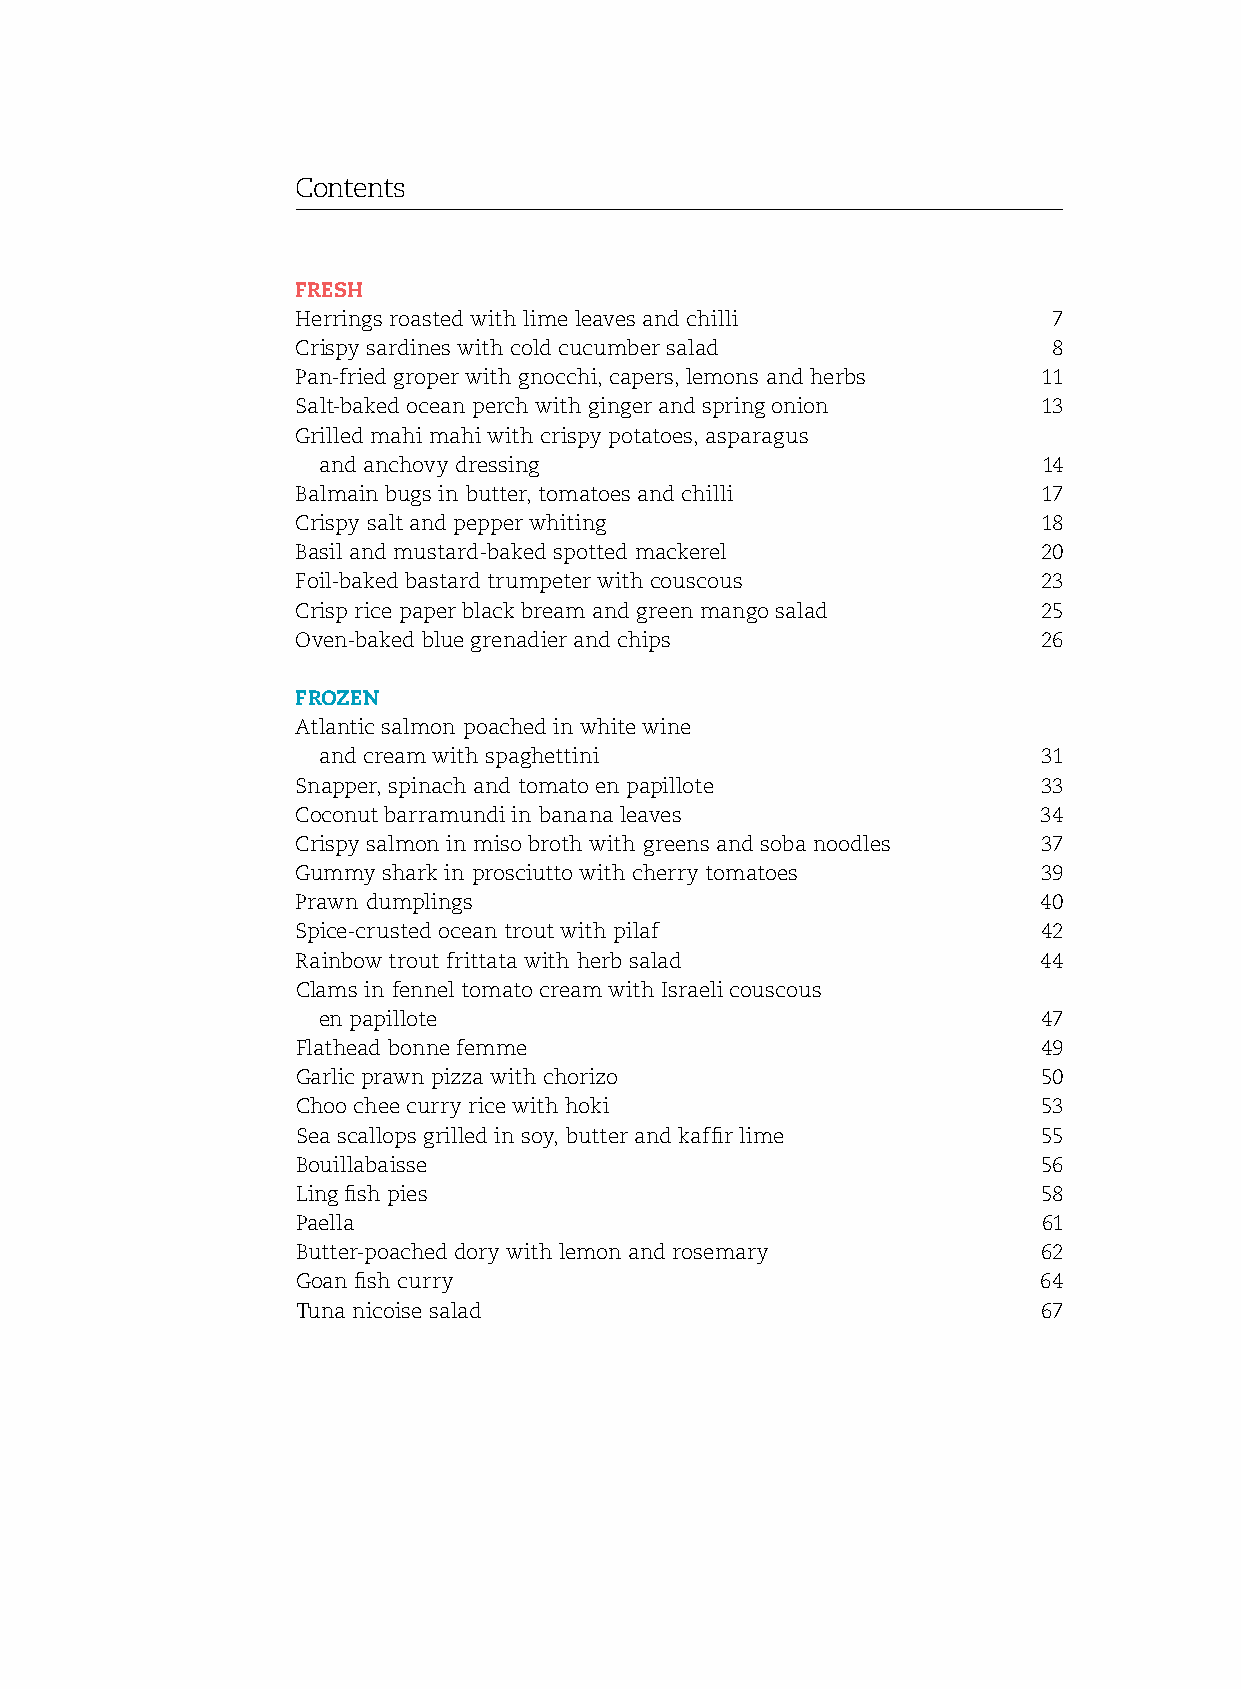
Contents
 Fresh
 herrings roasted with lime leaves and chilli      7
 Crispy sardines with cold cucumber salad          8
 Pan-fried groper with gnocchi, capers, lemons and herbs 11
 salt-baked ocean perch with ginger and spring onion 13
 Grilled mahi mahi with crispy potatoes, asparagus
 and anchovy dressing                            14
 Balmain bugs in butter, tomatoes and chilli      17
 Crispy salt and pepper whiting                   18
 Basil and mustard-baked spotted mackerel         20
 foil-baked bastard trumpeter with couscous       23
 Crisp rice paper black bream and green mango salad 25
 oven-baked blue grenadier and chips              26
 Frozen
 Atlantic salmon poached in white wine
 and cream with spaghettini                      31
 snapper, spinach and tomato en papillote         33
 Coconut barramundi in banana leaves              34
 Crispy salmon in miso broth with greens and soba noodles 37
 Gummy shark in prosciutto with cherry tomatoes   39
 Prawn dumplings                                  40
 spice-crusted ocean trout with pilaf             42
 rainbow trout frittata with herb salad           44
 Clams in fennel tomato cream with Israeli couscous
 en papillote                                    47
 flathead bonne femme                             49
 Garlic prawn pizza with chorizo                  50
 Choo chee curry rice with hoki                   53
 sea scallops grilled in soy, butter and kaffir lime 55
 Bouillabaisse                                    56
 Ling fish pies                                   58
 Paella                                           61
 Butter-poached dory with lemon and rosemary      62
 Goan fish curry                                  64
 Tuna nicoise salad                               67